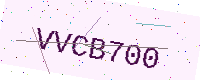
Text: VVCB700